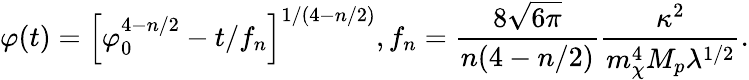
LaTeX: \varphi(t)=\left[\varphi_{0}^{4-n/2}-t/f_{n}\right]^{1/(4-n/2)},f_{n}=\frac{8\sqrt{6\pi}}{n(4-n/2)}\frac{\kappa^{2}}{m_{\chi}^{4}M_{p}\lambda^{1/2}}.